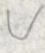
v